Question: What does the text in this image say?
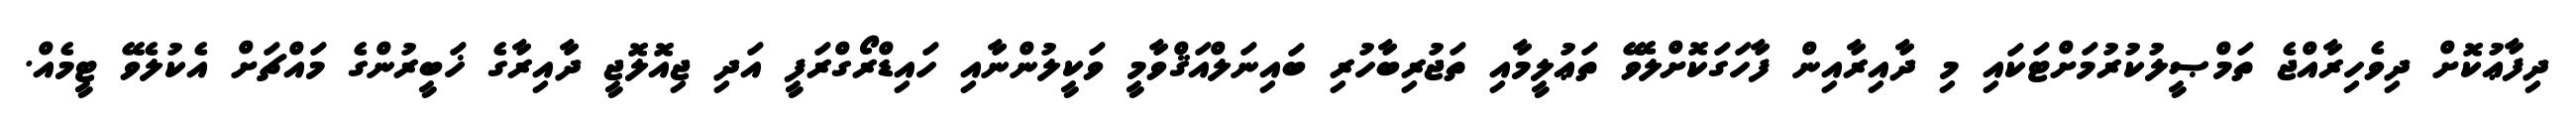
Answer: ދިފާޢުކޮށް ދިވެހިރާއްޖެ ތަމްޞީލުކުރުމަށްޓަކައި މި ދާއިރާއިން ފާހަގަކޮށްލެވޭ ތަޢުލީމާއި ތަޖުރިބާހުރި ބައިނަލްއަޤްވާމީ ވަކީލުންނާއި ހައިޑްރޯގްރަފީ އަދި ޖިއޮލޮޖީ ދާއިރާގެ ޚަބީރުންގެ މައްޗަށް އެކުލެވޭ ޓީމެއް.